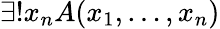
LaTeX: \exists!x_{n}A(x_{1},\ldots,x_{n})